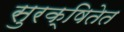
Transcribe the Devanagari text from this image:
सुरक्षितेत